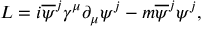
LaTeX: L = i \overline { { { \psi } } } ^ { j } { \gamma } ^ { \mu } \partial _ { \mu } { \psi } ^ { j } - m \overline { { { \psi } } } ^ { j } { \psi } ^ { j } ,